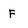
Character: F